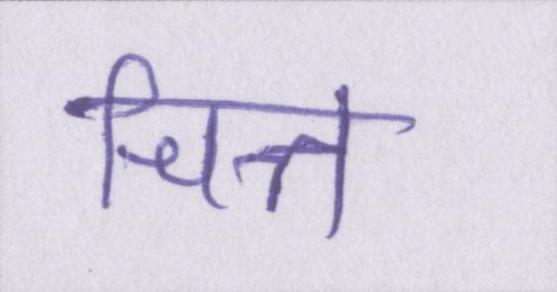
चित्त